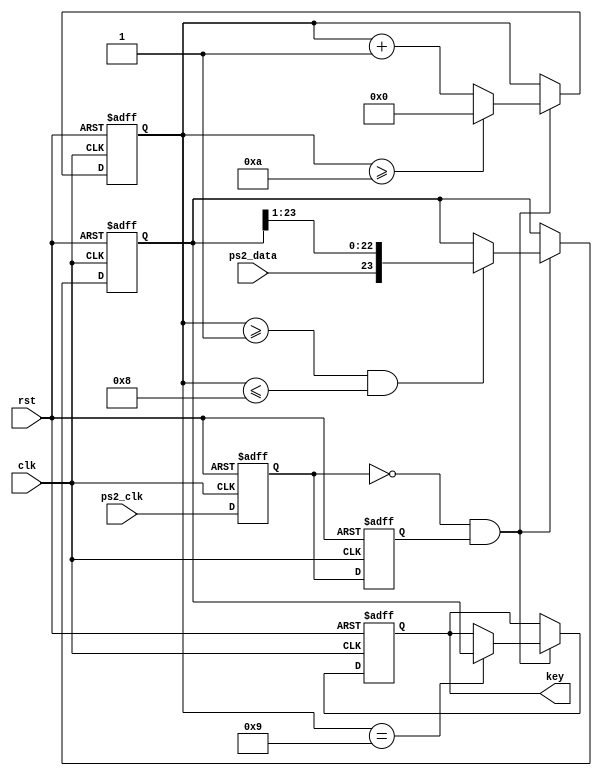
`timescale 1ns / 1ps

module KeyBoard_detection(
    input clk,
    input rst,
    input ps2_clk,
    input ps2_data, 
    output reg  [23:0] key  
    );
    
    reg [23:0] out;
    reg ps2_clk_r1,ps2_clk_r2; 
    wire ps2_clk_neg; 
    reg [3:0] ps2_clk_cnt; 
 
 always@(posedge clk or posedge rst) begin    
   if(rst)       
      ps2_clk_r1  <= 1'b1;   
   else        
      ps2_clk_r1  <= ps2_clk;     
 end 
      
 always@(posedge clk or posedge rst) begin     
    if(rst)        
        ps2_clk_r2  <= 1'b1;     
    else 
        ps2_clk_r2  <= ps2_clk_r1;
    end 
  
  assign ps2_clk_neg = (~ps2_clk_r1)&&(ps2_clk_r2);   
  
  always@(posedge clk or posedge rst) begin    
   if(rst)         
     ps2_clk_cnt <= 4'd0;    
   else if(ps2_clk_neg) begin         
     if(ps2_clk_cnt>=4'd10)            
       ps2_clk_cnt <= 4'd0;       
      else             
       ps2_clk_cnt <= ps2_clk_cnt + 4'd1;     
       end 
    end 
    

    always@(posedge clk or posedge rst) begin     
       if(rst)begin
        key <= 24'h0;        
        out   <= 24'h0;     
       end 
       else if(ps2_clk_neg)     
         begin        
           if((ps2_clk_cnt>=1)&&(ps2_clk_cnt<=8))            
             out <= { ps2_data,out[23:1]};
           if(ps2_clk_cnt==4'd9)
             key<=out; 
         end 
     end  
     
endmodule